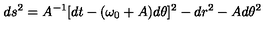
d s ^ { 2 } = A ^ { - 1 } [ d t - ( \omega _ { 0 } + A ) d \theta ] ^ { 2 } - d r ^ { 2 } - A d \theta ^ { 2 }